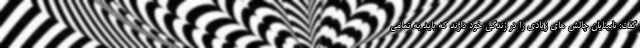
گفت: نابینایان چالش های زیادی را در زندگی خود دارند که باید به تمامی